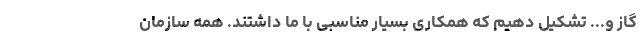
گاز و... تشکیل دهیم که همکاری بسیار مناسبی با ما داشتند. همه سازمان